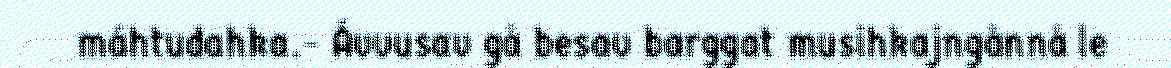
máhtudahka.- Ávvusav gå besav barggat musihkajngånnå le